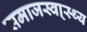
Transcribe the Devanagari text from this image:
समाजस्वा्स्थ्य